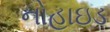
નોહાઇડ